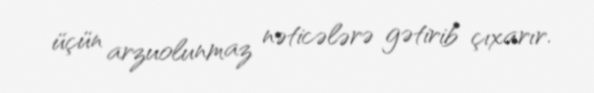
üçün arzuolunmaz nəticələrə gətirib çıxarır.